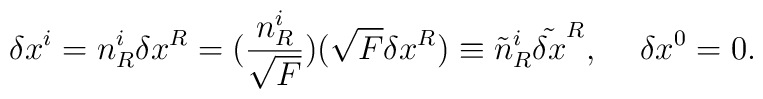
\delta x^i=n^i_R\delta x^R=(\frac{n^i_R}{\sqrt{F}})(\sqrt{F}\delta x^R)\equiv\tilde{n}^i_R\tilde{\delta x}^R,\hspace*{5mm}\delta x^0=0.